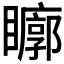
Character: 𱳒